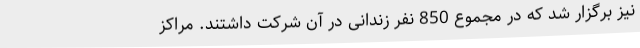
نیز برگزار شد که در مجموع 850 نفر زندانی در آن شرکت داشتند. مراکز